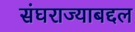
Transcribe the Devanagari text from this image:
संघराज्याबद्दल